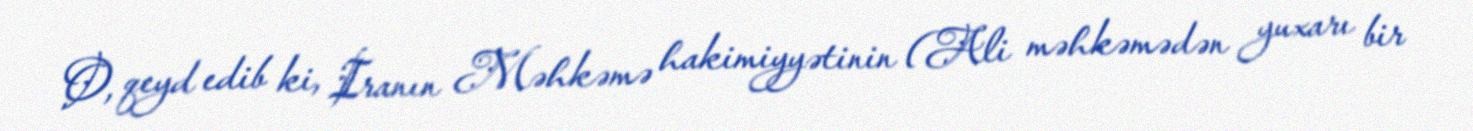
O, qeyd edib ki, İranın Məhkəmə hakimiyyətinin (Ali məhkəmədən yuxarı bir